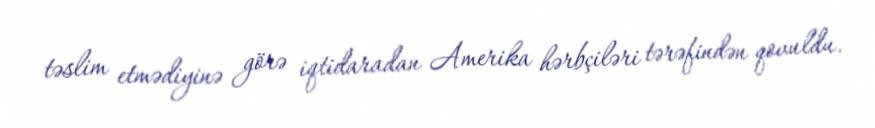
təslim etmədiyinə görə iqtidaradan Amerika hərbçiləri tərəfindən qovuldu.